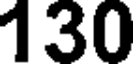
130